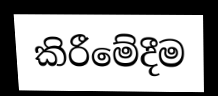
කිරීමේදීම